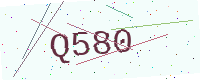
Text: Q580